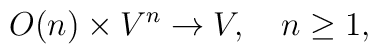
O(n) \times V^n \rightarrow V, \quad n \geq 1,